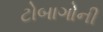
ટોબાગોની